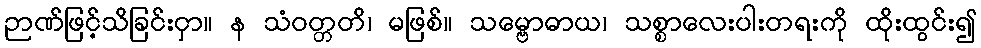
ဉာဏ်ဖြင့်သိခြင်းငှာ။ န သံဝတ္တတိ၊ မဖြစ်။ သမ္ဗောဓာယ၊ သစ္စာလေးပါးတရးကို ထိုးထွင်း၍